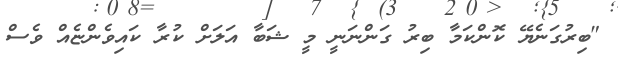
"ބިރުގަނެޔޭ ކޮންކަމާ ބިރު ގަންނަނީ މީ ޝަބާ އަލަށް ކުރާ ކައިވެންޏެއް ވެސް